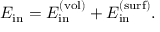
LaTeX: E _ { \mathrm { i n } } = E _ { \mathrm { i n } } ^ { ( \mathrm { v o l } ) } + E _ { \mathrm { i n } } ^ { ( \mathrm { s u r f } ) } .